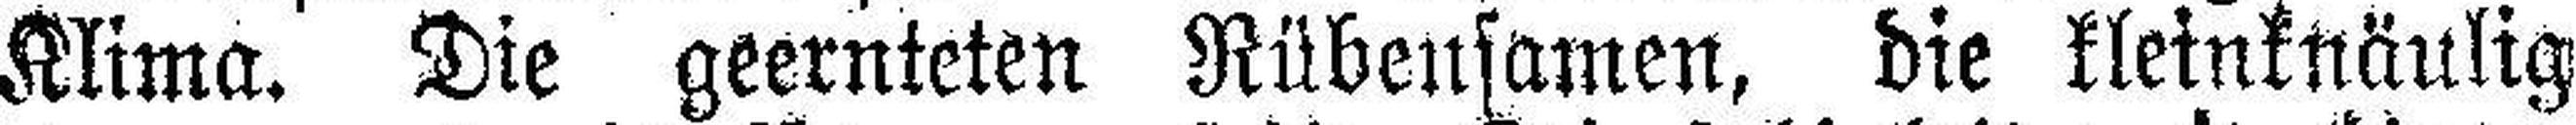
Klima. Die geernteten Rübensamen, die kleinknäulig